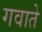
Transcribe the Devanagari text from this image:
गवाते